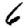
Digit: 6